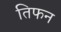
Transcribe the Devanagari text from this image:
तिफन